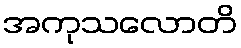
အကုသလောတိ